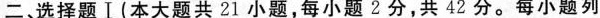
二选择题Ⅰ(本大题共21小题，每小题2分，共42分。每小题列